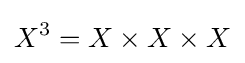
X^{3}=X\times X\times X